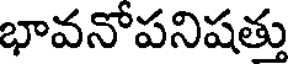
భావనోపనిషత్తు